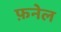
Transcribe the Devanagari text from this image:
फ़नेल